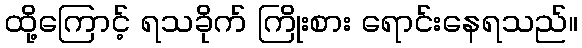
ထို့ကြောင့် ရသခိုက် ကြိုးစား ရောင်းနေရသည်။